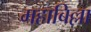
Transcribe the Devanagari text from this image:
महाबिल्ला